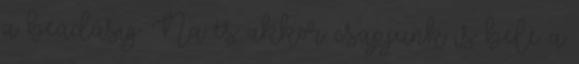
a beadásig. Na és akkor csapjunk is bele a